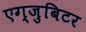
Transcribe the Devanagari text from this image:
एग्जुबिटर